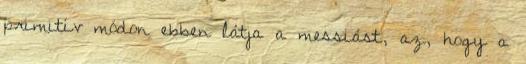
primitív módon ebben látja a messiást, az, hogy a